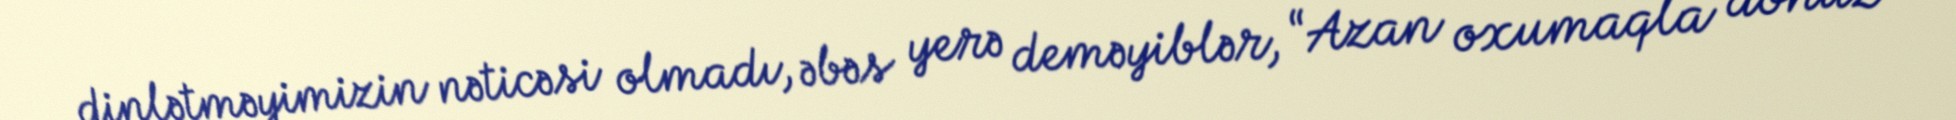
dinlətməyimizin nəticəsi olmadı, əbəs yerə deməyiblər, “Azan oxumaqla donuz